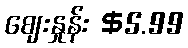
ဈေးနှုန်း $5.99